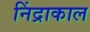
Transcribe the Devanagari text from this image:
निंद्राकाल